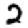
Digit: 2